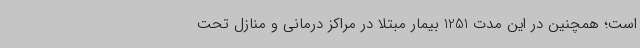
است؛ همچنین در این مدت 1251 بیمار مبتلا در مراکز درمانی و منازل تحت